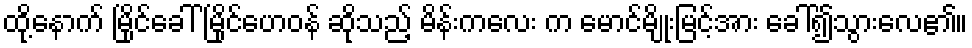
ထို့နောက် မြိုင်ခေါ် မြိုင်ဟေဝန် ဆိုသည့် မိန်းကလေး က မောင်မျိုးမြင့်အား ခေါ်၍သွားလေ၏။